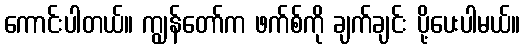
ကောင်းပါတယ်။ ကျွန်တော်က ဖက်စ်ကို ချက်ချင်း ပို့ပေးပါမယ်။